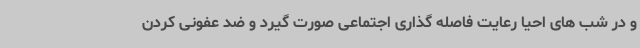
و در شب های احیا رعایت فاصله گذاری اجتماعی صورت گیرد و ضد عفونی کردن